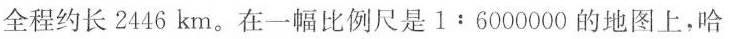
全程约长2446km。在一幅比例尺是 1:6000000的地图上，哈